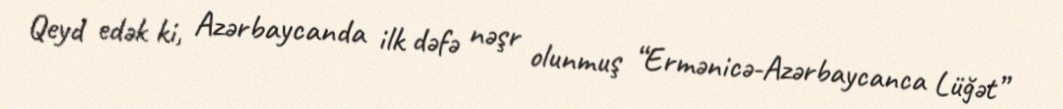
Qeyd edək ki, Azərbaycanda ilk dəfə nəşr olunmuş “Ermənicə-Azərbaycanca Lüğət”